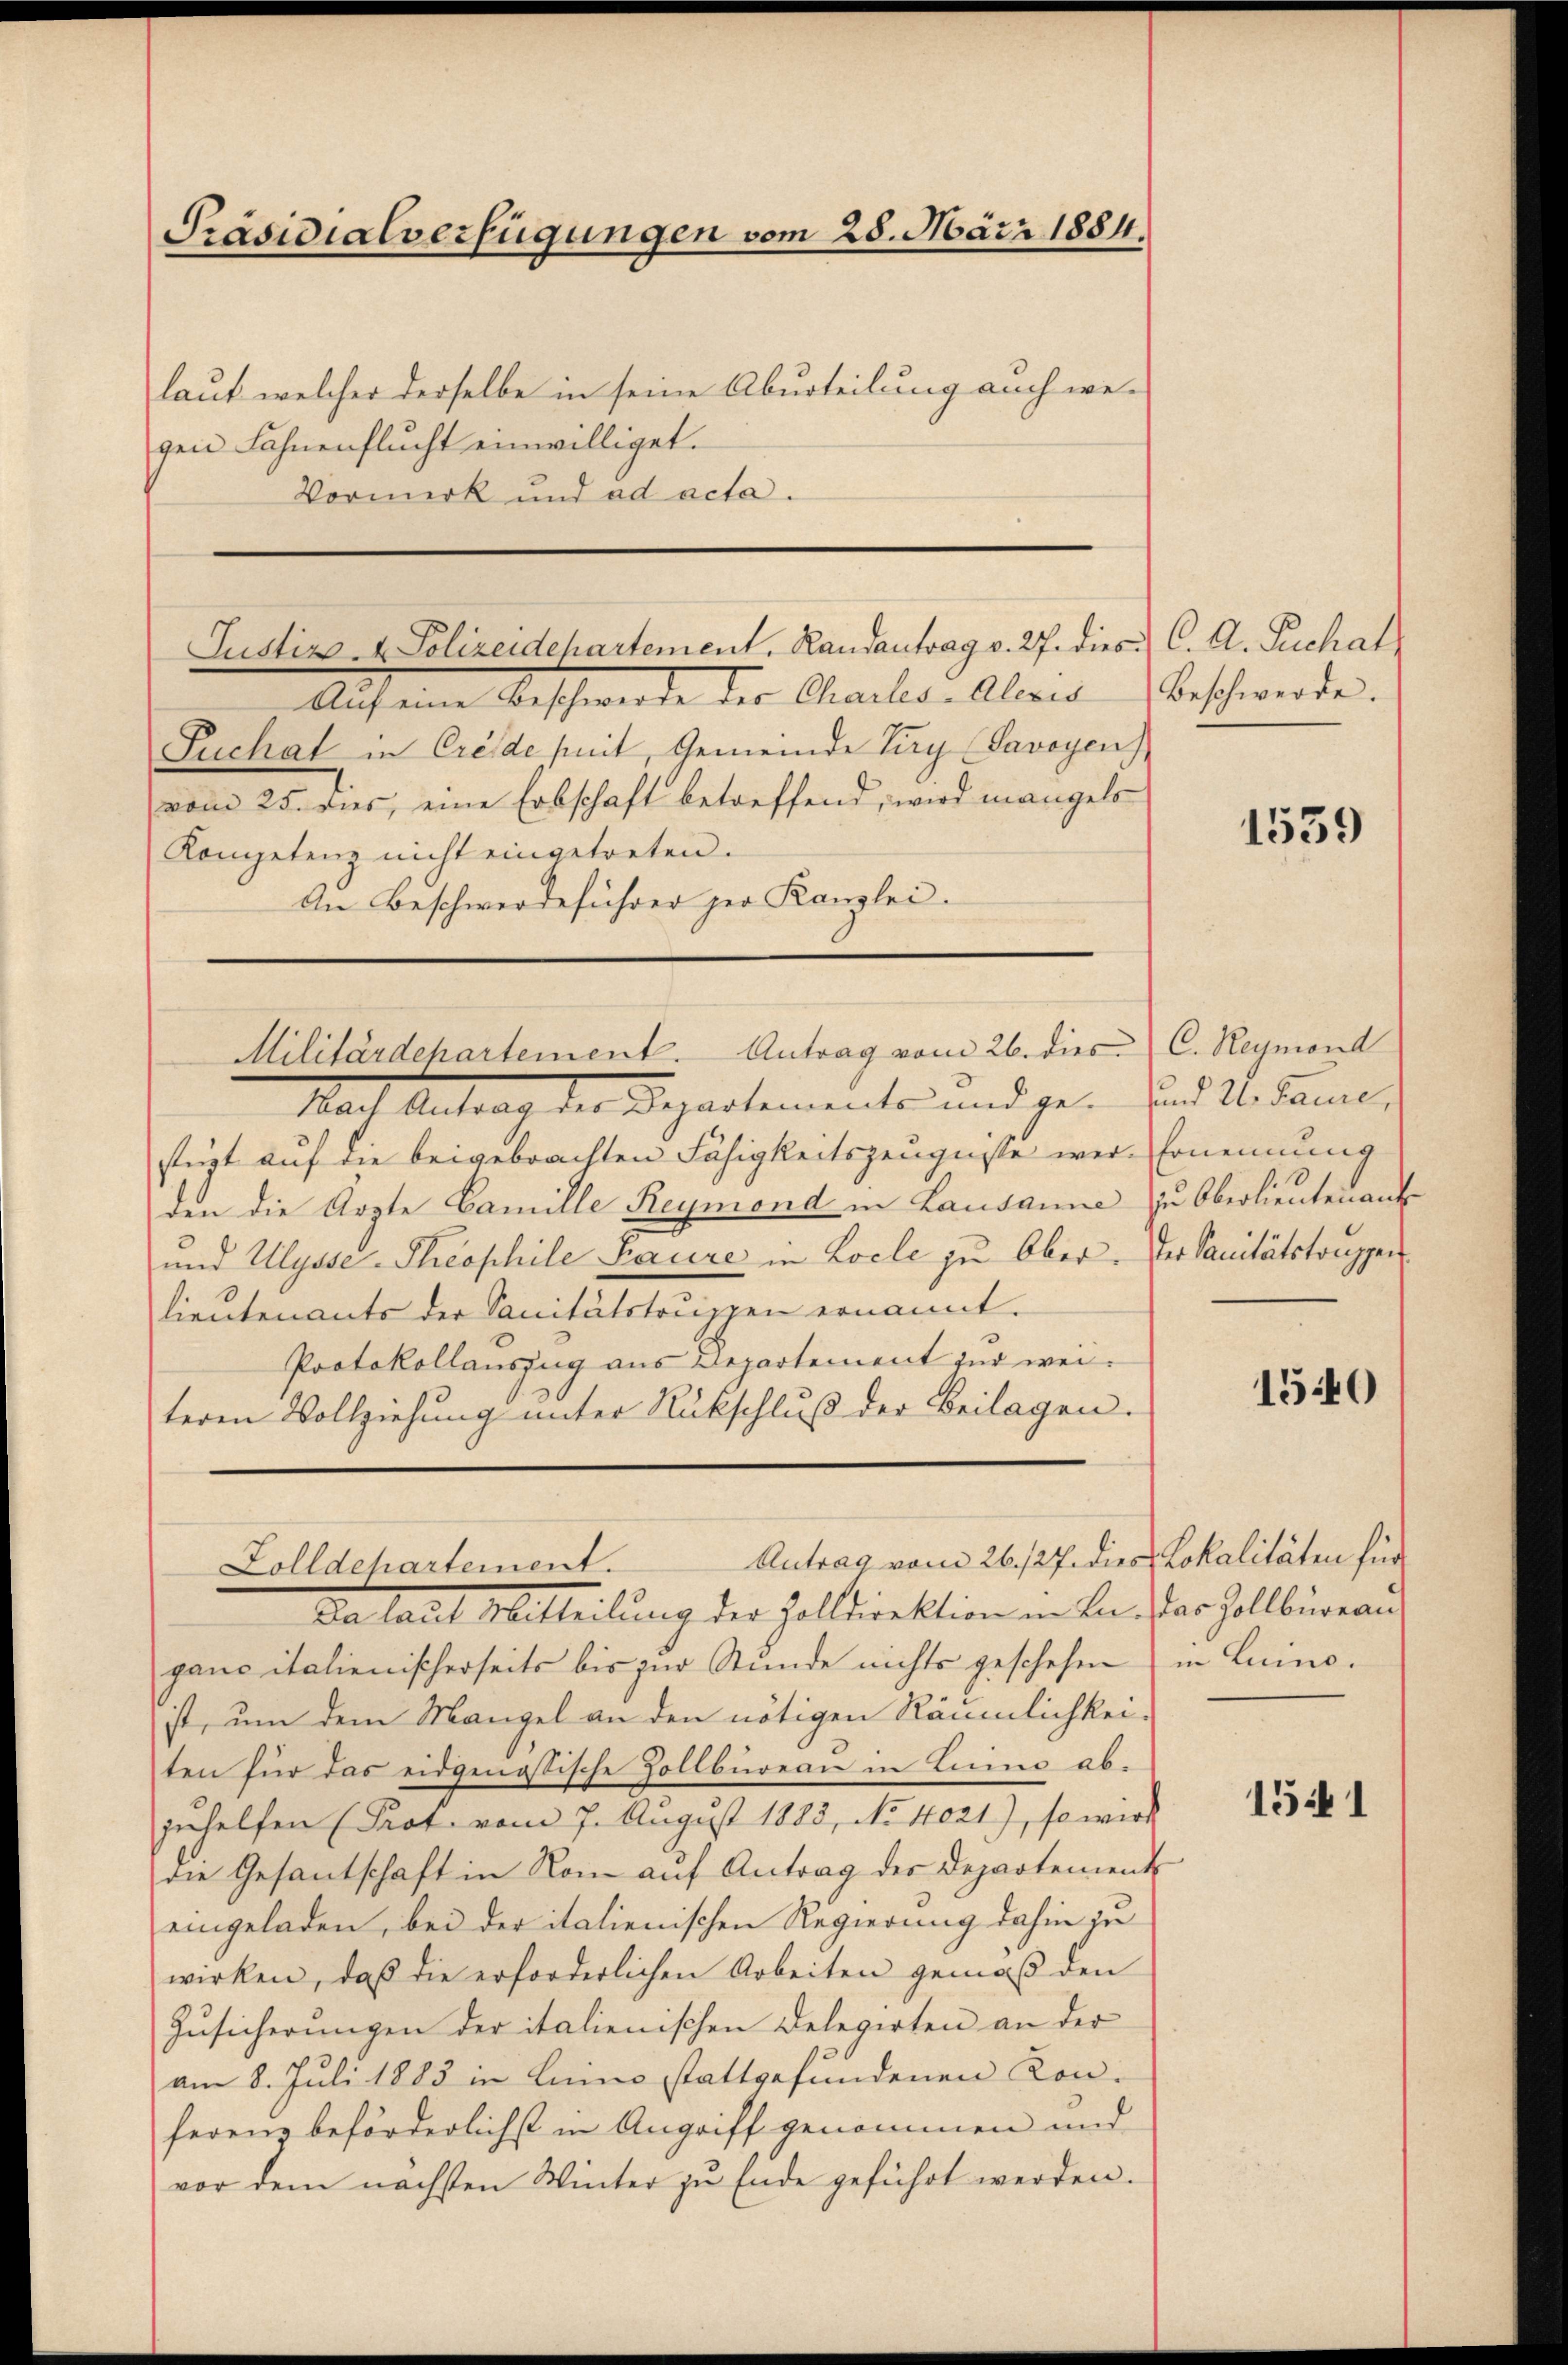
Präsidialverfügungen vom 28. März 1884.

laut welcher derselbe in seine Aburteilung auch we-
gen Fahnenflucht einwilliget.
Vormerk und ad acta.

Justiz- & Polizeidepartement, Handantrag v. 27. dies C. A. Schat

Auf eine Beschwerde der Challer. Aber
Suchal in Crede seit, Gemeinde Turg (Savoyen
vom 25. dies, eine Erbschaft betreffend, wird mangels
Kompetenz nicht eingetreten.
An Beschwerdeführer zur Kanzlei-

Militärdepartement. Antrag vom 26. dies

Antrag vom 26. 127. dies Lokalitäten für
Zolldehartement.

Nach Antrag der Departements und ge- und A. Dame,
stüzt auf die beigebrachten Fähigkeitszeugnisse wer-Ernennung
den die Ärzte Camille Reymond in Lausanne zu Oberlieutenant
und Ulysse-Theophile Baure in Locle zu Ober. Der Sanitätstruppen
lieutenants der Sanitätstruppen ernannt.
Protokollauszug aus Departement zur weiteren Vollziehung unter Rückschluß der Beilagen.

Da laut Mitteilung der Zolldirektion in Bn., das Zollbüreau
gane italienischerseits bis zur Stunde nichts geschehen, in Luino.
ist, um dem Mangel an den nötigen Räumlichkei-
ten für das eidgenössische Zollbüreau in Luino abzuhelfen (Prot. vom 7. August 1883, No 1021), so wird
die Gesantschaft in Nom aŭf Antrag der Departement
eingeladen, bei der italienischen Regierung dahin zu
wirken, daβ die erforderlichen Arbeiten gemäß den
Zusicherungen der italienischen Delegirten an der
am 8. Juli 1883 in Luino stattgefundenen Kon-
ferenz beförderlichst in Angriff genommen und
vor dem nächsten Winter zu Ende geführt werden.

Beschwerde.

1539

C. Reymond

1540

1541